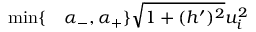
\begin{array} { r l } { \operatorname* { m i n } \lbrace } & { { } \alpha _ { - } , \alpha _ { + } \rbrace \sqrt { 1 + ( h ^ { \prime } ) ^ { 2 } } u _ { i } ^ { 2 } } \end{array}